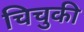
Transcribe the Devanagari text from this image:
चिचुकी